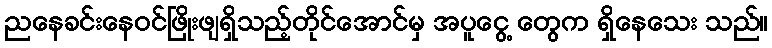
ညနေခင်းနေဝင်ဖြိုးဖျရှိသည့်တိုင်အောင်မှ အပူငွေ့ တွေက ရှိနေသေး သည်။